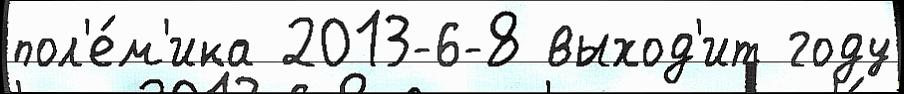
пол'е́м'ика 2013-6-8 выход'ит году